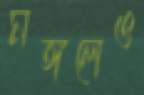
মঙ্গলেও